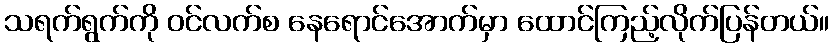
သရက်ရွက်ကို ဝင်လက်စ နေရောင်အောက်မှာ ထောင်ကြည့်လိုက်ပြန်တယ်။